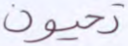
تحيون